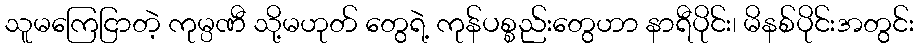
သူမကြေငြာတဲ့ ကုမ္ပဏီ သို့မဟုတ် တွေရဲ့ ကုန်ပစ္စည်းတွေဟာ နာရီပိုင်း၊ မိနစ်ပိုင်းအတွင်း